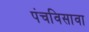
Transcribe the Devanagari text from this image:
पंचविसावा